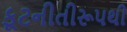
કૂટનીતીરૂપથી